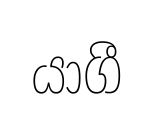
යාගී